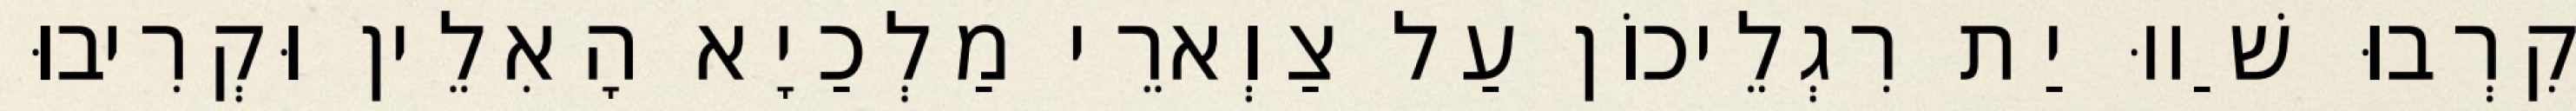
קִרְבוּ שַׁווּ יַת רִגְלֵיכוֹן עַל צַוְארֵי מַלְכַיָא הָאִלֵין וּקְרִיבוּ